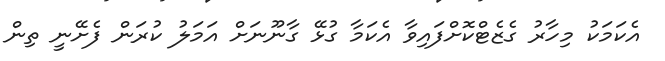
އެކަމަކު މިހާރު ގެޒެޓްކޮށްފައިވާ އެކަމާ ގުޅޭ ގާނޫނަށް އަމަލު ކުރަން ފެށޭނީ ތިން